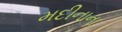
મદીનાના